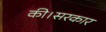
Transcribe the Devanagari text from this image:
की।सरकार